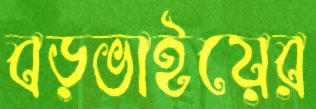
বড়ভাইয়ের